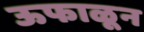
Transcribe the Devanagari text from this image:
ऊफाळून